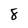
Character: 8